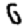
Digit: 6